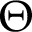
\Theta